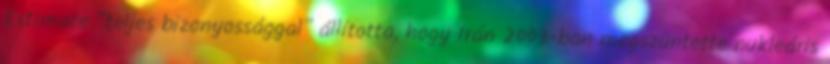
Estimate “teljes bizonyossággal” állította, hogy Irán 2003-ban megszüntette nukleáris